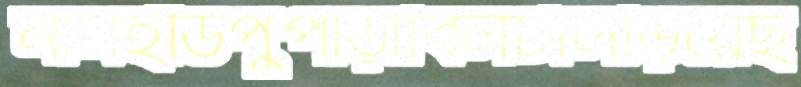
নামইডিপুপাড়াবিলটালড়িয়েছ